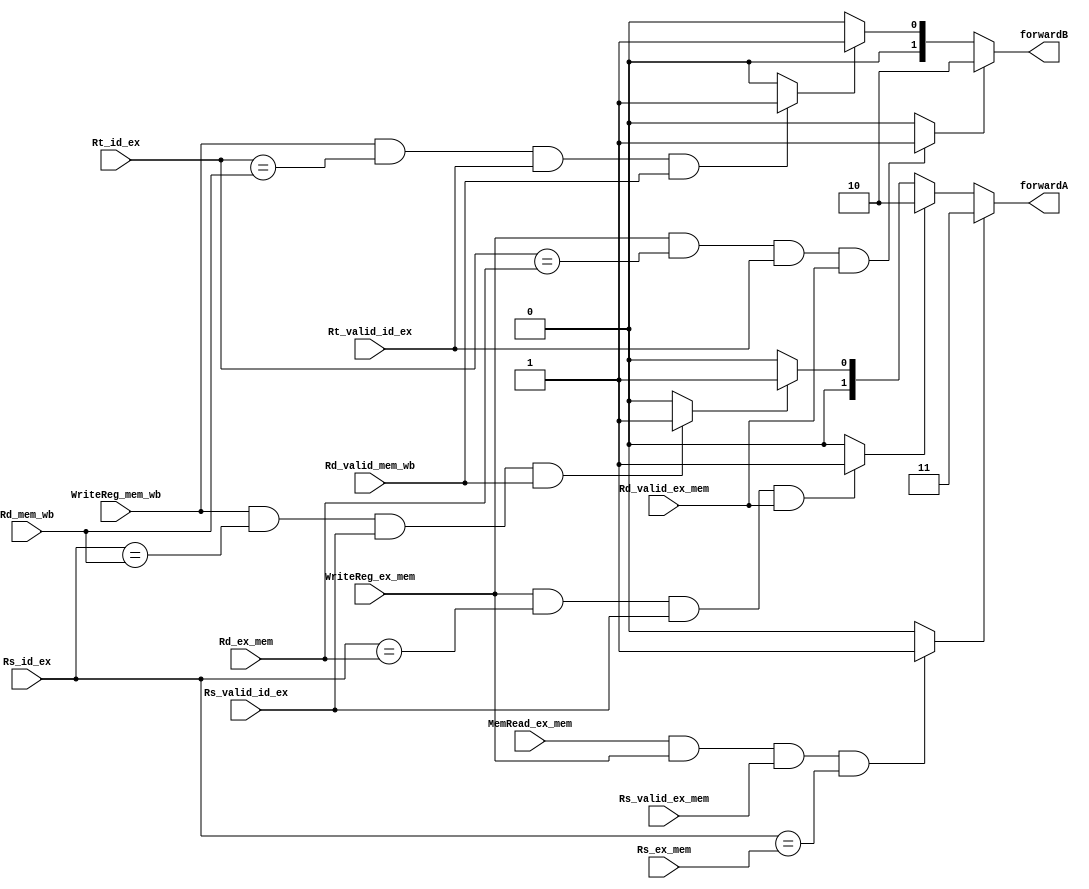
module data_forward_unit(
                        WriteReg_ex_mem,  WriteReg_mem_wb,
                        MemRead_ex_mem,
                        Rs_id_ex, Rs_valid_id_ex, 
                        Rt_id_ex, Rt_valid_id_ex, 
                        Rd_ex_mem, Rd_valid_ex_mem, 
                        Rd_mem_wb, Rd_valid_mem_wb,
                        Rs_ex_mem, Rs_valid_ex_mem,
                        //Outputs
                        forwardA, forwardB 
                        );
   
  input [2:0] Rd_ex_mem, Rd_mem_wb, Rs_id_ex, Rt_id_ex, Rs_ex_mem;
  input WriteReg_ex_mem, WriteReg_mem_wb, MemRead_ex_mem;
  input Rs_valid_id_ex, Rt_valid_id_ex, Rd_valid_ex_mem, Rd_valid_mem_wb, Rs_valid_ex_mem; 
  
  output [1:0] forwardA, forwardB;

  //Execute hazard
  wire Rs_ex_hazard, Rt_ex_hazard;
  assign Rs_ex_hazard = (WriteReg_ex_mem & (Rs_id_ex == Rd_ex_mem) & Rs_valid_id_ex & Rd_valid_ex_mem) ? 1 : 0;
  assign Rt_ex_hazard = (WriteReg_ex_mem & (Rt_id_ex == Rd_ex_mem) & Rt_valid_id_ex & Rd_valid_ex_mem) ? 1 : 0;
   
  //Mem hazard
  wire Rs_mem_hazard, Rt_mem_hazard;
  assign Rs_mem_hazard = (WriteReg_mem_wb & (Rs_id_ex == Rd_mem_wb) & Rs_valid_id_ex & Rd_valid_mem_wb) ? 1 : 0;
  assign Rt_mem_hazard = (WriteReg_mem_wb & (Rt_id_ex == Rd_mem_wb) & Rt_valid_id_ex & Rd_valid_mem_wb) ? 1 : 0;

//  assign forwardA = (Rs_ex_hazard) ? 2'b10 : (Rs_mem_hazard) ? 2'b01 : 2'b00;

  assign load_ex_mem = (MemRead_ex_mem & WriteReg_ex_mem & Rs_valid_ex_mem & (Rs_id_ex == Rs_ex_mem)) ? 1 : 0;
  //for load -> forward 2'b11
  assign forwardA = (load_ex_mem)? 2'b11 : (Rs_ex_hazard) ? 2'b10 : (Rs_mem_hazard) ? 2'b01 : 2'b00;
  assign forwardB = (Rt_ex_hazard) ? 2'b10 : (Rt_mem_hazard) ? 2'b01 : 2'b00;

endmodule